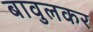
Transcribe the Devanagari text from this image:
बावुलकर